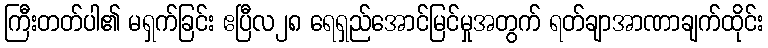
ကြီးတတ်ပါ၏ မရှက်ခြင်း ဧပြီလ၂၈ ရေရှည်အောင်မြင်မှုအတွက် ရတ်ချာအာဏာချက်ထိုင်း